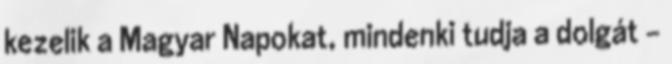
kezelik a Magyar Napokat, mindenki tudja a dolgát –